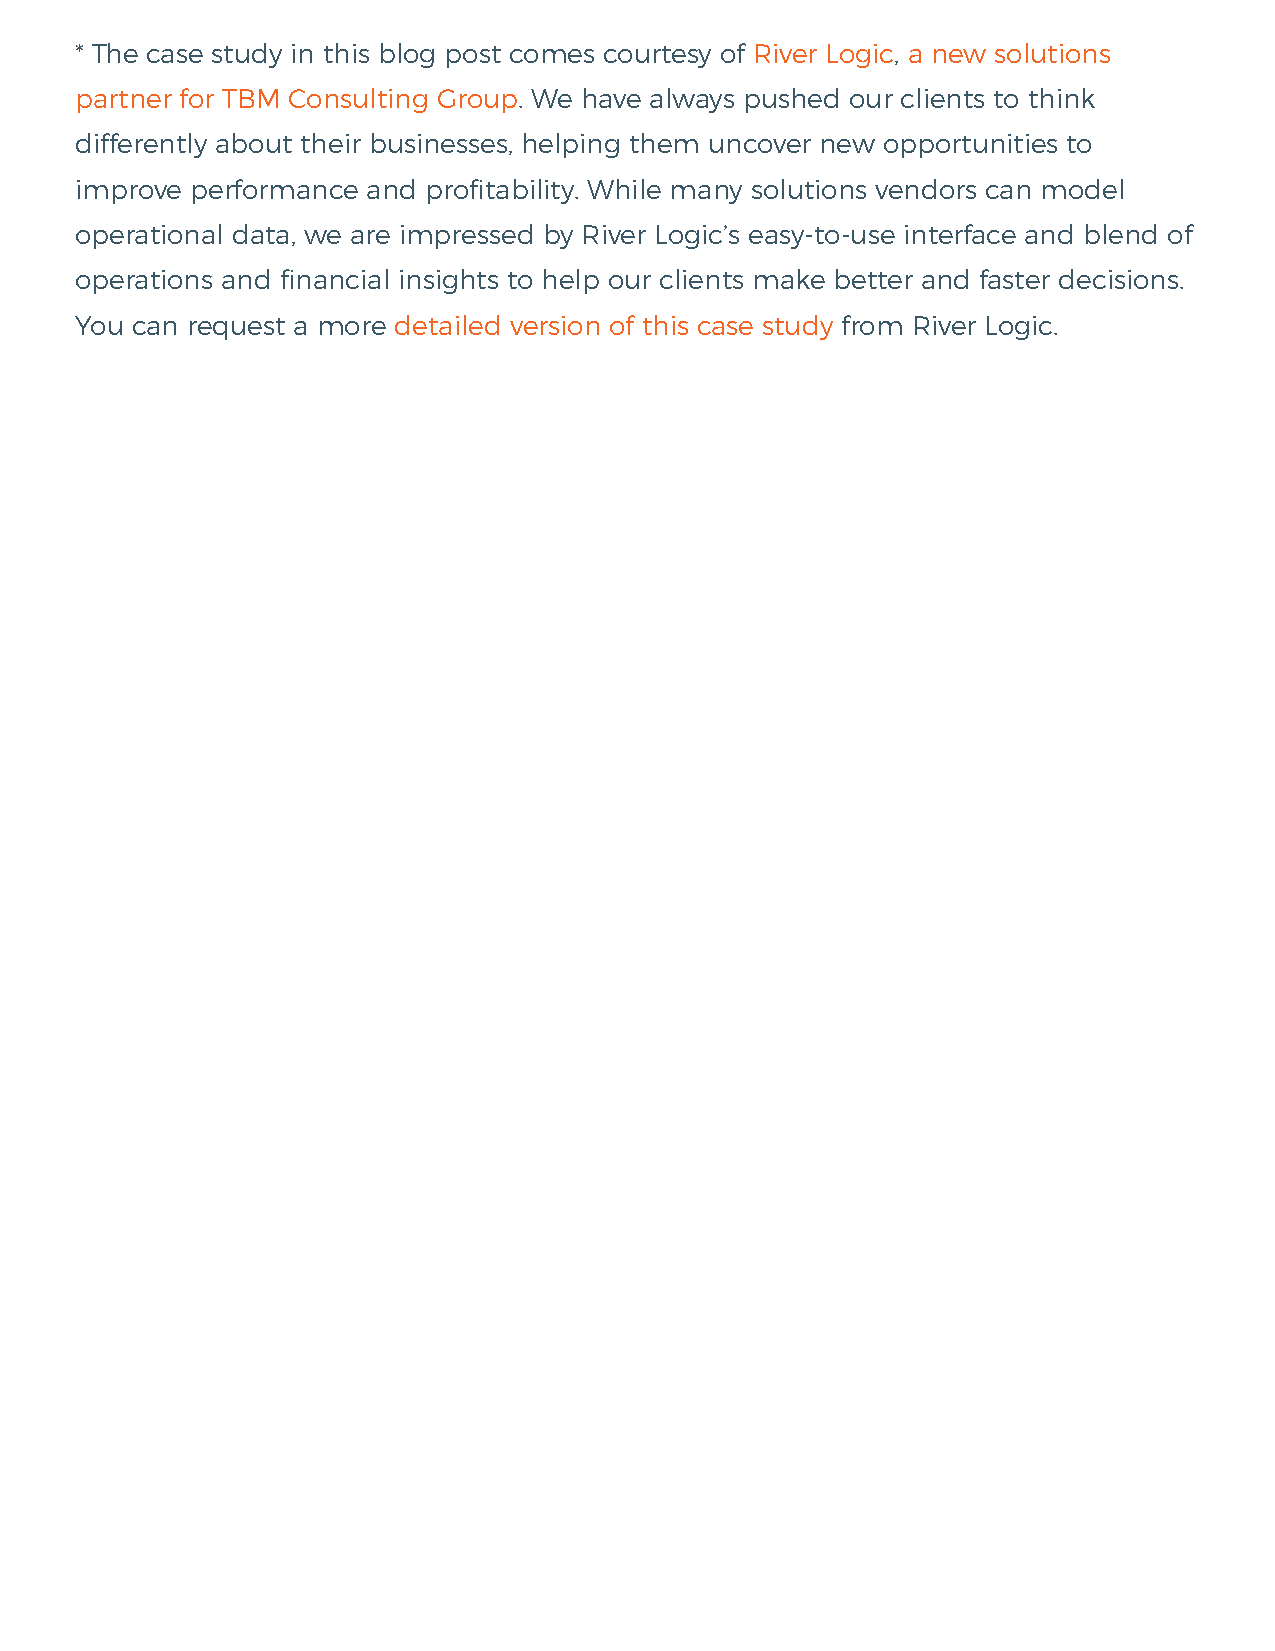
* The case study in this blog post comes courtesy of River Logic, a new solutions
 partner for TBM Consulting Group. We have always pushed our clients to think
 differently about their businesses, helping them uncover new opportunities to
 improve performance and profitability. While many solutions vendors can model
 operational data, we are impressed by River Logic’s easy-to-use interface and blend of
 operations and financial insights to help our clients make better and faster decisions.
 You can request a more detailed version of this case study from River Logic.